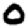
Digit: 0